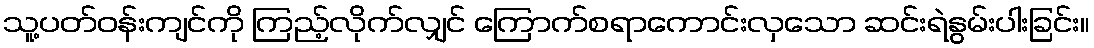
သူ့ပတ်ဝန်းကျင်ကို ကြည့်လိုက်လျှင် ကြောက်စရာကောင်းလှသော ဆင်းရဲနွမ်းပါးခြင်း။